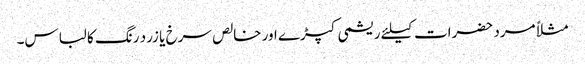
مثلاً مرد حضرات کیلئے ریشمی کپڑے اور خالص سرخ یا زرد رنگ کا لباس۔